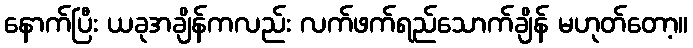
နောက်ပြီး ယခုအချိန်ကလည်း လက်ဖက်ရည်သောက်ချိန် မဟုတ်တော့။